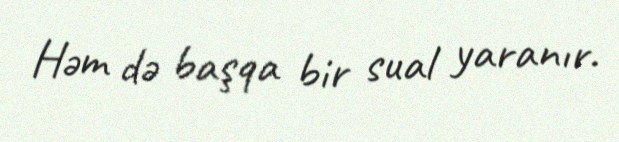
Həm də başqa bir sual yaranır.